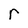
Character: r